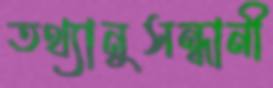
তথ্যানুসন্ধানী